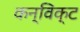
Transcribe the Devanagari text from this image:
कन्विक्ट